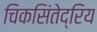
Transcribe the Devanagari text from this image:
चिकसिंतेद्रिय